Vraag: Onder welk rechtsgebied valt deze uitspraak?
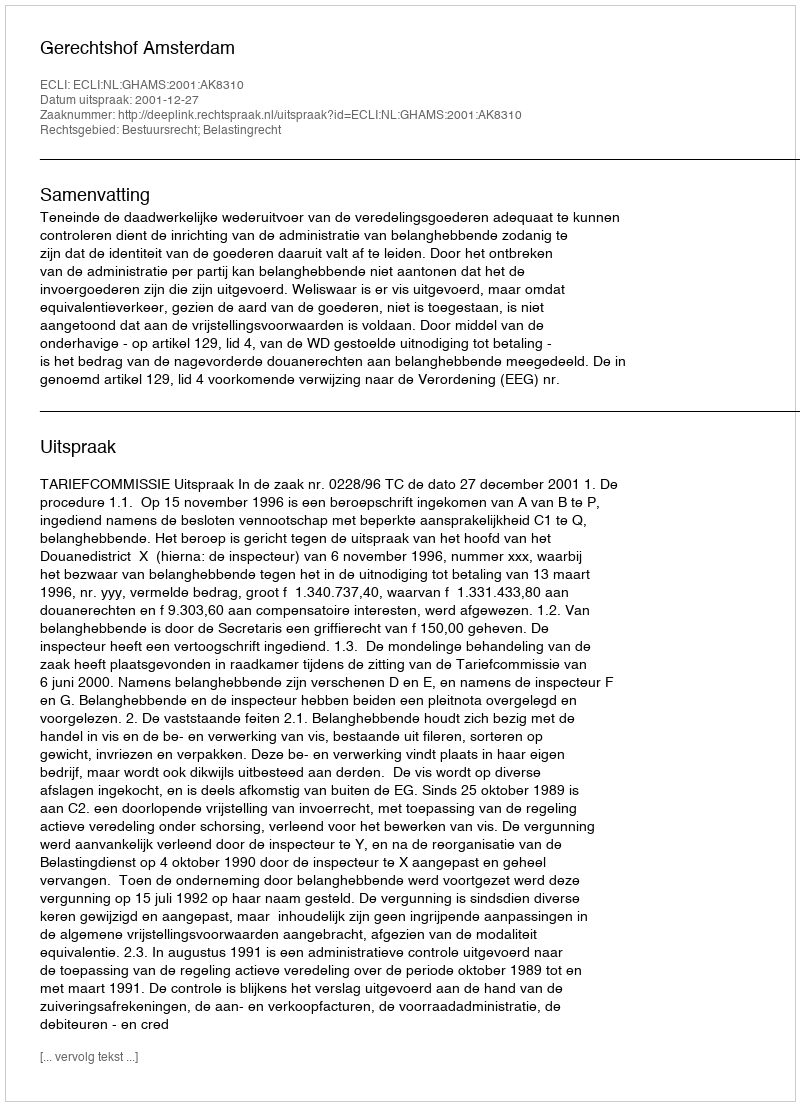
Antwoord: Bestuursrecht; Belastingrecht